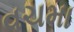
વચમા